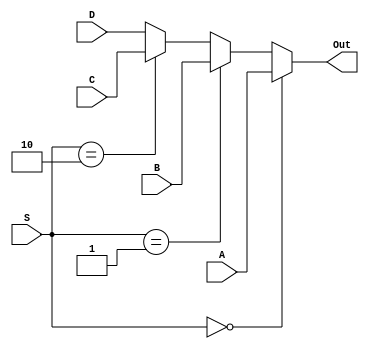
`timescale 1ns / 1ps
//////////////////////////////////////////////////////////////////////////////////
// Company: 
// Engineer: 
// 
// Design Name: 
// Module Name: multiplexer
// Project Name: 
// Target Devices: 
// Tool Versions: 
// Description: 
// 
// Dependencies: 
// 
// Revision:
// Revision 0.01 - File Created
// Additional Comments:
// 
//////////////////////////////////////////////////////////////////////////////////


module multiplexer(
    input [3:0] A,
    input [3:0] B,
    input [3:0] C,
    input [3:0] D,
    input [1:0] S,
    output [3:0] Out
    );
    
    assign Out = ( S == 2'b00 ? A :
                   S == 2'b01 ? B :
                   S == 2'b10 ? C :
                   D
                );
    

    
endmodule